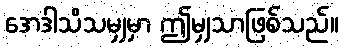
အေဒါသိသမျှမှာ ဤမျှသာဖြစ်သည်။